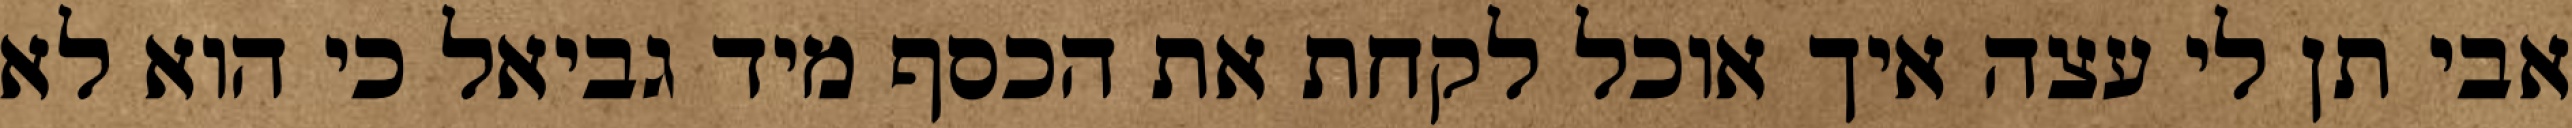
אבי תן לי עצה איך אוכל לקחת את הכסף מיד גביאל כי הוא לא